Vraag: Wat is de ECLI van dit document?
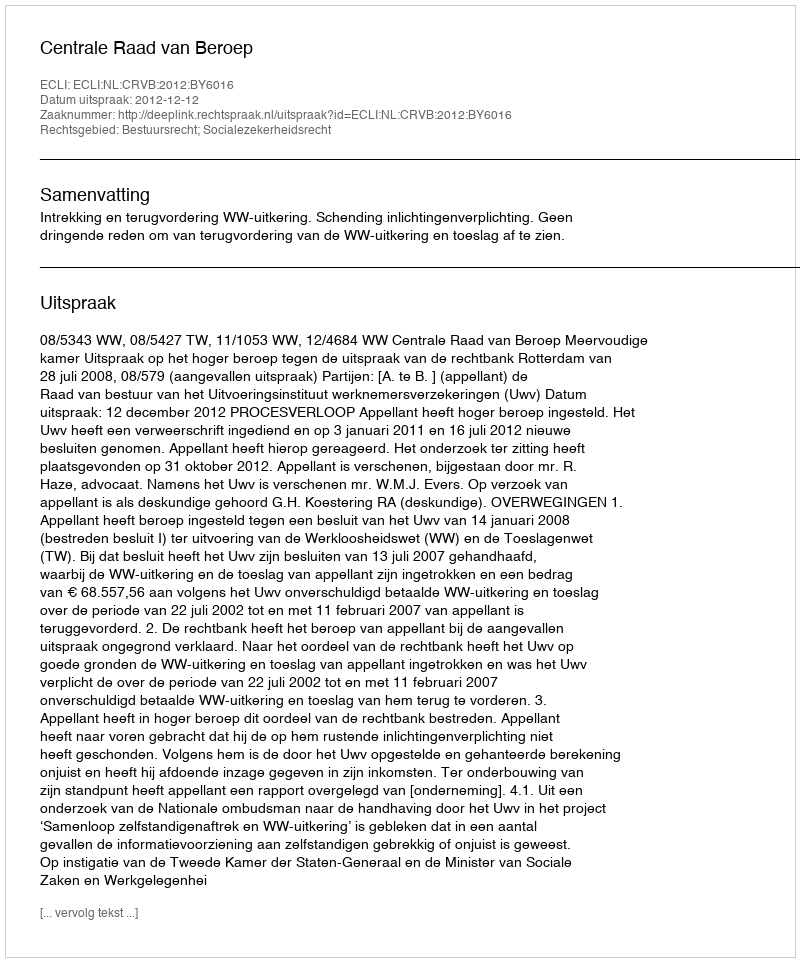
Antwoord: ECLI:NL:CRVB:2012:BY6016